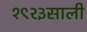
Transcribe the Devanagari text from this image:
१९२३साली